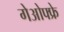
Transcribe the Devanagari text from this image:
गेओफ्फ्रे